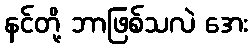
နင်တို့ ဘာဖြစ်သလဲ အေး